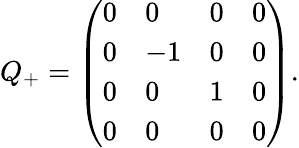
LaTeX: \begin{array}{r}{Q_{+}=\left(\begin{array}{llll}{0}&{0}&{0}&{0}\\ {0}&{-1}&{0}&{0}\\ {0}&{0}&{1}&{0}\\ {0}&{0}&{0}&{0}\end{array}\right).}\end{array}